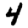
Digit: 4